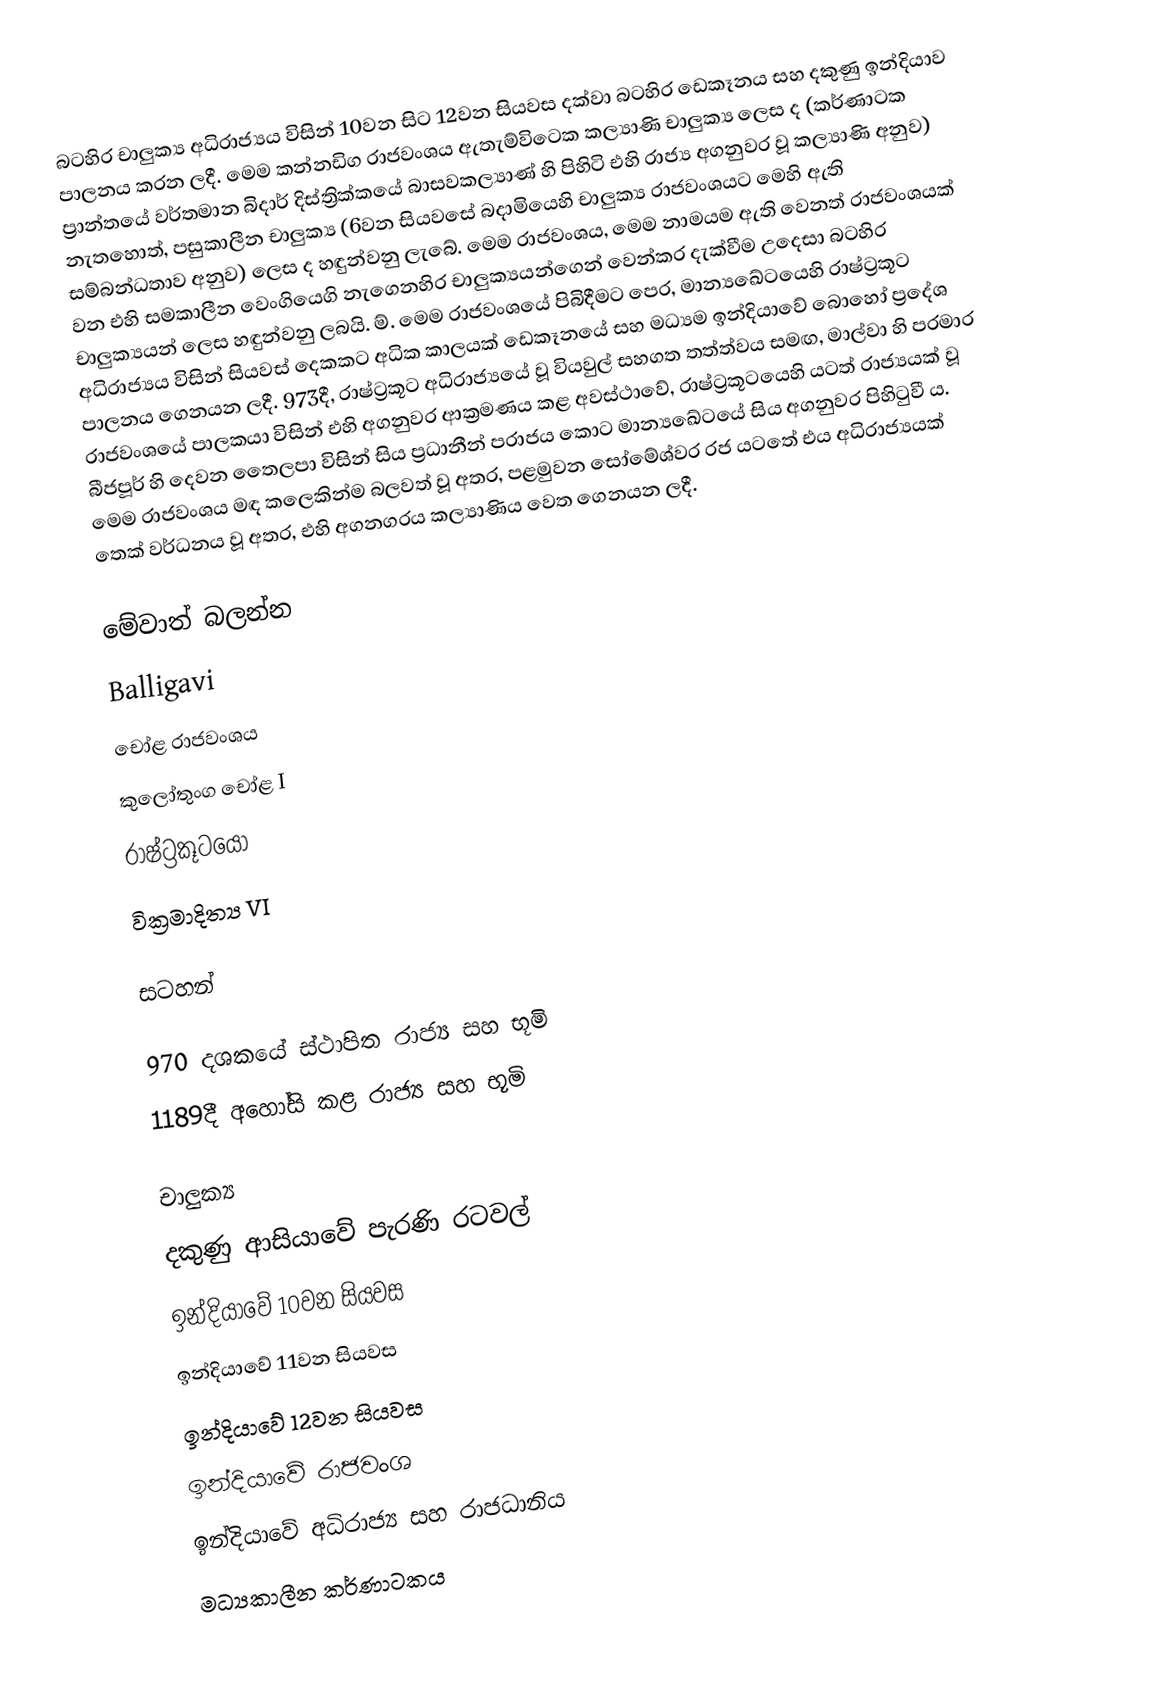
බටහිර චාලුක්‍ය අධිරාජ්‍යය විසින් 10වන සිට 12වන සියවස දක්වා බටහිර ඩෙකෑනය සහ දකුණු ඉන්දියාව පාලනය කරන ලදී. මෙම කන්නඩිග රාජවංශය ඇතැම්විටෙක කල්‍යාණි චාලුක්‍ය ලෙස ද (කර්ණාටක ප්‍රාන්තයේ වර්තමාන බිදාර් දිස්ත්‍රික්කයේ බාසවකල්‍යාණ් හි පිහිටි එහි රාජ්‍ය අගනුවර වූ කල්‍යාණි අනුව) නැතහොත්, පසුකාලීන චාලුක්‍ය (6වන සියවසේ බදාමියෙහි චාලුක්‍ය රාජවංශයට මෙහි ඇති සම්බන්ධතාව අනුව) ලෙස ද හඳුන්වනු ලැබේ. මෙම රාජවංශය, මෙම නාමයම ඇති වෙනත් රාජවංශයක් වන එහි සමකාලීන වෙංගියෙගි නැගෙනහිර චාලුක්‍යයන්ගෙන් වෙන්කර දැක්වීම උදෙසා බටහිර චාලුක්‍යයන් ලෙස හඳුන්වනු ලබයි. ම්. මෙම රාජවංශයේ පිබිදීමට පෙර, මාන්‍යඛේටයෙහි රාෂ්ට්‍රකූට අධිරාජ්‍යය විසින් සියවස් දෙකකට අධික කාලයක් ඩෙකෑනයේ සහ මධ්‍යම ඉන්දියාවේ බොහෝ ප්‍රදේශ පාලනය ගෙනයන ලදී. 973දී, රාෂ්ට්‍රකූට අධිරාජ්‍යයේ වූ වියවුල් සහගත තත්ත්වය සමඟ,  මාල්වා හි පරමාර රාජවංශයේ පාලකයා විසින් එහි අගනුවර ආක්‍රමණය කළ අවස්ථාවේ, රාෂ්ට්‍රකූටයෙහි යටත් රාජ්‍යයක් වූ බීජපූර් හි දෙවන තෛලපා විසින් සිය ප්‍රධානීන් පරාජය කොට මාන්‍යඛේටයේ සිය අගනුවර පිහිටුවී ය. මෙම රාජවංශය මඳ කලෙකින්ම බලවත් වූ අතර, පළමුවන සෝමේශ්වර රජ යටතේ එය අධිරාජ්‍යයක් තෙක් වර්ධනය වූ අතර, එහි අගනගරය කල්‍යාණිය වෙත ගෙනයන ලදී.

මේවාත් බලන්න
 Balligavi
 චෝළ රාජවංශය
 කුලෝතුංග චෝළ I
 රාෂ්ට්‍රකූටයෝ
 වික්‍රමාදිත්‍ය VI

සටහන්

970 දශකයේ ස්ථාපිත රාජ්‍ය සහ භූමි
1189දී අහෝසි කළ රාජ්‍ය සහ භූමි

චාලුක්‍ය
දකුණු ආසියාවේ පැරණි රටවල්
ඉන්දියාවේ 10වන සියවස
ඉන්දියාවේ 11වන සියවස
ඉන්දියාවේ 12වන සියවස
ඉන්දියාවේ රාජවංශ
ඉන්දියාවේ අධිරාජ්‍ය සහ රාජධානිය
මධ්‍යකාලීන කර්ණාටකය